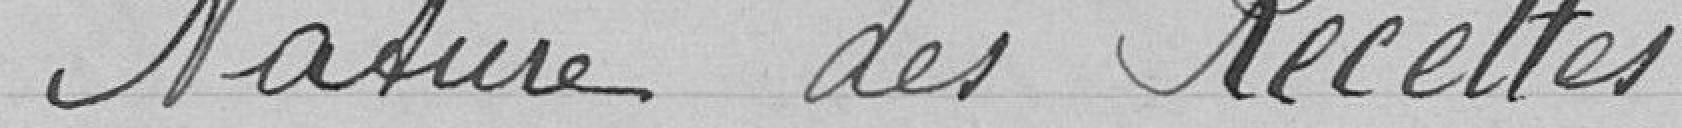
Nature des Recettes